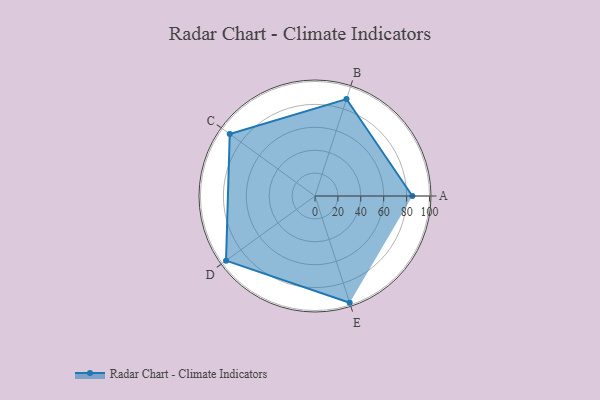
{"axis": {"x": "Skill", "y": "Score"}, "legend": ["Profile"], "data": [{"x": "A", "y": 85.0, "type": "Profile"}, {"x": "B", "y": 89.0, "type": "Profile"}, {"x": "C", "y": 92.0, "type": "Profile"}, {"x": "D", "y": 96.0, "type": "Profile"}, {"x": "E", "y": 98.0, "type": "Profile"}]}